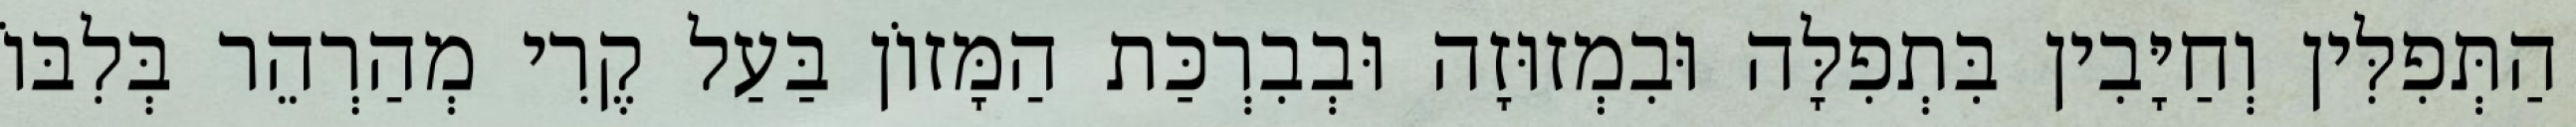
הַתְּפִלִּין וְחַיָּבִין בִּתְפִלָּה וּבִמְזוּזָה וּבְבִרְכַּת הַמָּזוֹן בַּעַל קֶרִי מְהַרְהֵר בְּלִבּוֹ